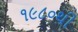
૧૯૮૦થી